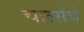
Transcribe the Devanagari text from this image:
चार्ल्सचे